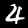
Digit: 4